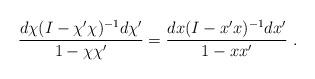
LaTeX: \begin{align*}\frac{d\chi(I-\chi'\chi)^{-1}d\chi'}{1-\chi\chi'}=\frac{dx(I-x'x)^{-1}dx'}{1-xx'}~.\end{align*}